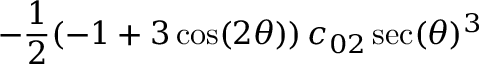
- \frac { 1 } { 2 } ( - 1 + 3 \cos ( 2 \theta ) ) \, c _ { 0 2 } \sec ( \theta ) ^ { 3 }